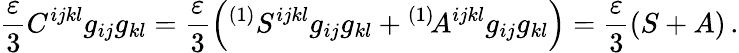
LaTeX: \frac{\varepsilon}3C^{ijkl}g_{ij}g_{kl}=\frac{\varepsilon}3\left({}^{(1)}S^{ijkl}g_{ij}g_{kl}+{}^{(1)}\! A^{ijkl}g_{ij}g_{kl}\right)=\frac{\varepsilon}3(S+A)\, .